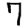
Digit: 7